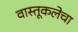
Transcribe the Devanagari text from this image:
वास्तूकलेचा